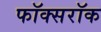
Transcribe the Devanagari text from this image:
फॉक्सरॉक